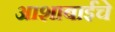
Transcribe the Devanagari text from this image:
आशाबाईंचे